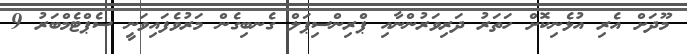
މޫދަށް އެރި އުޅެނިކޮށް ހަތަރު ދަރިވަރުންނާއި ޕްރިންސިޕަލް ގެނބިގެން މަރުވެފައިވަނީ ސެޕްޓެމްބަރު 9